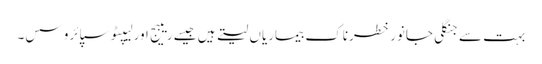
بہت سے جنگلی جانور خطرناک بیماریاں لیتے ہیں جیسے ریبیج اور لیپٹوسپائروسس۔